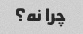
چرا نه؟